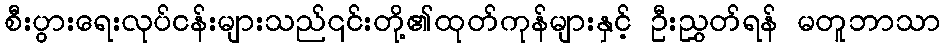
စီးပွားရေးလုပ်ငန်းများသည်၎င်းတို့၏ထုတ်ကုန်များနှင့် ဦးညွှတ်ရန် မတူဘာသာ